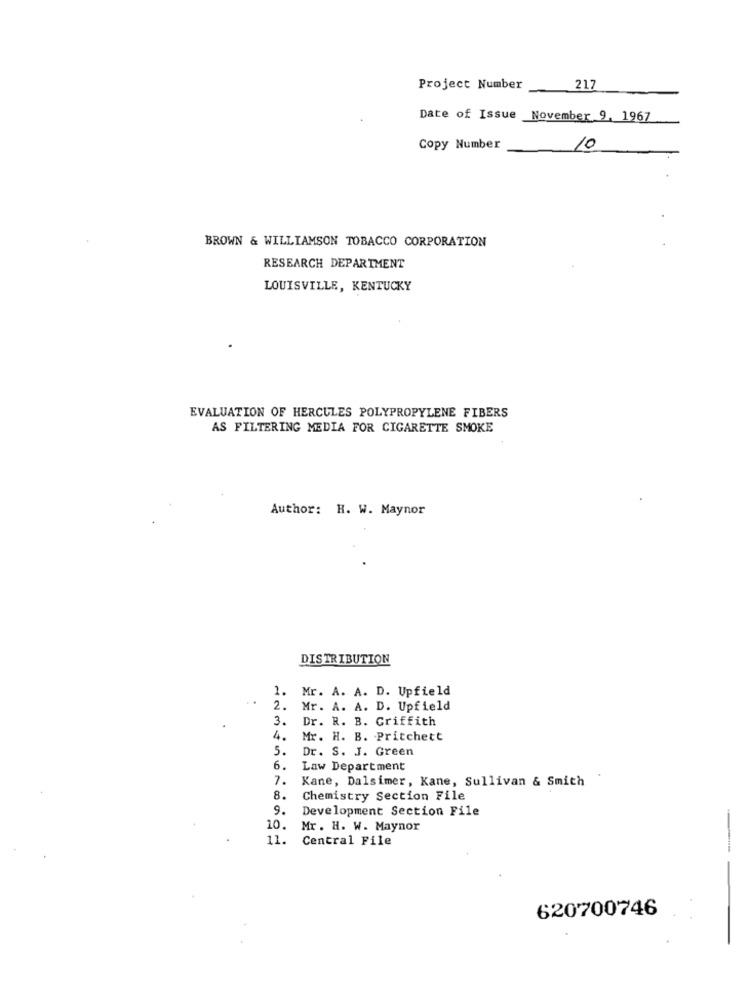
Project Number
217
Date of Issue November 9, 1967
Copy Number
10
BROWN & WILLIAMSON TOBACCO CORPORATION
RESEARCH DEPARTMENT
LOUISVILLE, KENTUCKY
EVALUATION OF HERCULES POLYPROPYLENE FIBERS
AS FILTERING MEDIA FOR CIGARETTE SMOKE
Author: H. W. Maynor
DISTRIBUTION
1.
Mr. A. A. D. Upfield
..
2.
Mr. A. A. D. Upfield
3.
Dr. R. B. Griffith
4.
Mr. H. B. Pritchett
5.
Dr. S. J. Green
6.
Law Department
7.
Kane, Dalsimer, Kane, Sullivan & Smith
8.
Chemistry Section File
9.
Development Section File
10.
Mr. H. W. Maynor
11.
Central File
620700746